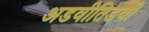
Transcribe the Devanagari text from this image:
अडवीतिडवी